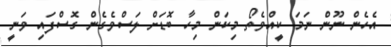
އެހެން ނޫން ނަމަ ކީއްވެތޯ މިކަން މިހާ ބޮޑަށް ލަސްވެގެން ގޮސްފައި ވަނީ